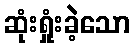
ဆုံးရှုံးခဲ့သော